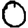
Digit: 0